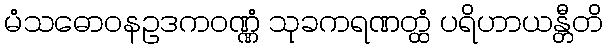
မံသဓောဝနဥဒကဝဏ္ဏံ သုခကရဏတ္ထံ ပရိဟာယန္တီတိ